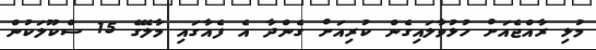
މުޅި ރާއްޖެއަށް ހުޅުވާލައިގެން ކުރިއަށް ގެންދާ އެ ފެއާގައި މާލޭގެ 15 ސްކޫލަކުން